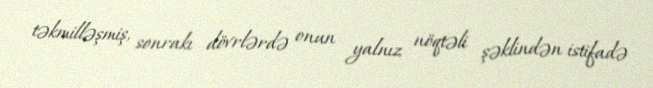
təkmilləşmiş, sonrakı dövrlərdə onun yalnız nöqtəli şəklindən istifadə